Annual statistical returns and brief notes on vaccination in Bengal - 1909-1929
Year: 1909
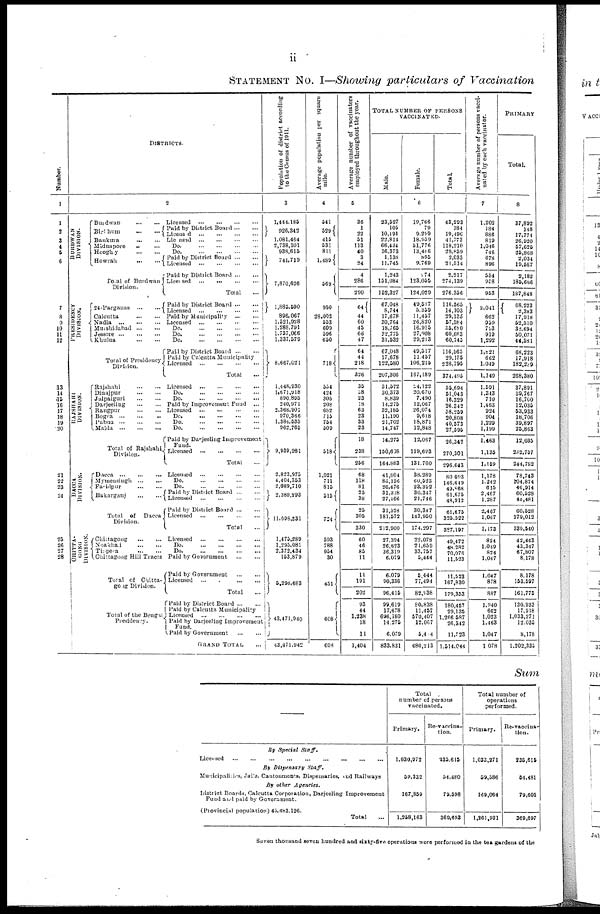
ii
STATEMENT No. I—Showing particulars of Vaccination
Number.
1
1
2
3
4 5
6
7
8
9
10
11 12
13
14
15
16
17
18
19
20
21
22
23
24
25
26
27
28
DISTRICTS.
2
DIVISION.
PRESIDENCY
DIVISION.
RAJSHAHI
DIVISION.
DACCA
DIVISION.
CHITTA-
GONG
DIVISION.
Burdwan
...
...
Birbhum
...
...
Bankura
...
...
Midnapore ... ...
Hooghly
...
...
Howrah
...
...
Total of Burdwan
Division.
24-Parganas
...
...
Calcutta ... ... ...
Nadia
...
...
...
Murshidabad
...
...
Jessore ... ... ...
Khulna
...
...
Total of Presidency
Division.
Rajshahi
...
...
Dinajpur ... ...
Jalpaiguri ... ...
Darjeeling
...
...
Rangpur
...
...
Bogra
...
...
...
Pabna
...
...
...
Malda
...
...
...
Total of Rajshahi.
Division.
Dacca
...
...
...
Mymensingh
...
...
Faridpur
...
...
Bakarganj
...
...
Total of
Dacca
Division.
Chittagong
...
...
Noakhali
...
...
Tippera
...
...
Chittagong Hill Tracts
Total of Chitta-
gong Division.
Total of the Bengal
Presidency.
Licensed
...
...
...
...
Paid by District Board
...
...
Licensd
...
...
...
...
Licensed
...
...
...
...
D
o
. ... ... ... ...
D
o
. ... ... ... ...
Paid by District Board
...
...
Licensed ... ... ... ...
Paid by District Board
...
...
Licensed
...
...
...
...
Total ...
Paid by District Board
...
...
Licensed ... ... ...
Paid by Municipality
...
...
Licensed ... ... ... ...
D
o
. ... ... ... ...
D
o
. ... ... ... ...
D
o
. ... ... ... ...
Paid by District Boar d
...
...
Paid by Calcutta Municipality
Licensed
...
...
...
...
Total ...
Licensed
...
...
...
...
D
o
. ... ... ... ...
D
o
. ... ... ...
Paid by Improvement Fund
...
Licensed
...
...
...
...
D
o
. ... ... ... ...
D
o
. ... ... ... ...
D
o
. ... ... ... ...
Paid by Darjeeling Improvement
Fund.
Licensed
...
...
...
...
Total ...
Licensed
...
...
...
...
D
o
. ... ... ... ...
Do.
...
...
...
...
Paid by District Board
...
...
Licensed
...
...
...
...
Paid by District Board
...
...
Licensed
...
...
...
...
Total ...
Licensed
...
...
...
...
D
o
. ... ... ... ...
Do.
...
...
...
...
Paid by Government
...
...
Paid by Government
...
...
Licensed
...
...
...
...
Total ...
Paid by District Board
...
...
Paid by Calcutta Municipality
Liceused
...
...
...
...
Paid by Darjeeling Improvement
Fund.
Paid by Government
...
...
GRAND TOTAL ...
Population of district according
to the Census of 1911.
3
1,444,185
926,342
1,081,464
2,738,301
933,615
741,719
7,870,626
1,885,590
896,067
1,521,928
1,288,791
1,737,066
1,337,579
8,667,021
1,448,930
1,671,918
890,895
240,971
2,368,901
970,366
1,384,535
962,765
9,939,281
2,823,975
4,404,353
2,089,710
2,380,293
11,698,331
1,475,289
1,295,081
2,372,434
153,879
5,296,683
43,471,940
43,471,942
Average population per square
mile.
4
541
529
415
531
811
1,489
569
950
28,002
553
609
596
650
718
554
424
305
208
682
715
754
509
518
1,021
711
815
515
724
593
788
954
30
451
608
608
Average number of vaccinators
employed throughout the year.
5
36
1
22
51
113
40
3
24
4
286
290
64
44
60
45
66
47
64
44
218
326
35
38
23
18
63
23
33
23
18
238
256
68
118
81
25
38
25
305
330
60
46
85
11
11
191
202
93
44
1,238
18
11
1,404
TOTAL NUMBER OF PERSONS
VACCINATED.
Male.
Female.
Total.
6
23,527
105
10,191
22,814
66,434
16,373
1,138
11,745
1,243
151,084
152,327
67,048
8,744
17,678
30,764
18,765
32,775
31,532
67,048
17,678
122,580
207,306
31,572
30,373
8,839
14,275
32,185
11,190
21,702
14,747
14,275
150,608
164,883
41,804
86,126
26,476
31,328
27,166
31,328
181,572
212,900
27,394
26,623
36,319
6,079
6,079
90,336
96,415
99,619
17,678
696,180
14,275
6,079
833,831
19,766
79
9,299
18,959
51,776
13,486
895
9,769
74
123,055
124,029
49,517
5,359
11,457
26,820
16,915
27,908
29,213
49,517
11,457
106,216
167,189
14,122
20,670
7,490
12,067
26,074
9,618
18,871
12,848
12,067
119,693
131,760
38,289
60,523
23,392
30,347
21,746
30,347
143,950
174,297
22,078
21,659
33,757
5,444
5,444
77,494
82,838
80,838
11,457
570,407
12,067
5,404
680,213
43,293
184
19,490
41,773
118,210
29,859
2,033
21,514
2,217
274,139
276,356
116,565
14,103
29,135
57,584
35,680
60,683
60,745
116,565
29,135
228,795
374,495
56,694
51,043
16,329
26,342
58,259
20,808
40,573
27,595
26,342
270,301
296,643
80,083
146,649
49,868
61,675 48,912
61,675
325,522
327,197
49,472
48,282
70,076
11,523
11,523
167,830
179,353
180,457
29,135
1,266,587
26,342
11,123
1,514,044
Average number of persons vacci-
nated by each vaccinator.
7
1,202
184
886
819
1,046
746
678
896
554
958
953
2,041
662
959
793
919
1,292
1,821
662
1,049
1,149
1,591
1,343
710
1,463
924
904
1,229
1,199
1,463
1,135
1,150
1,178
1,242
615
2,467
1,287
2,467
1,067
1,173
824
1,049
834
1,047
1,047
878
887
1,940
662
1,023
1,463
1,047
1,078
PRIMARY
Total.
8
37,892
148
17,771
26,920
57,625
25,868
2,034
19,587
2,182
185,666
187,848
68,223
2,383
17,918
52,510
32,694
50,071
44,581
68,223
17,918
182,239
268,380
37,891
39,767
16,700
12,035
53,933
18,706
39,897
25,863
12,035
232,757
244,792
78,743
104,874
46,914
60,528
48,481
60,528
279,012
339,540
42,443
43,347
67,807
8,178
8,178
153,697
161,775
130,933
17,918
1,033,271
12,035
8,178
1,202,335
Sum
—
By Special
Staff.
Licensed
...
...
...
...
...
...
...
...
...
...
By Dispensary
Staff.
Municipalites, Jails, Cantonments, Dispensaries, and Railways
By other
Agencies.
District Boards, Calcutta Corporation, Darjeeling Improvement
Fund and paid by Government.
(Provincial population) 45,483,126.
Total ...
Total
number of persons
vaccinated.
Primary.
1,030,972
59,332
167,859
1,258,163
Re-vaccina-
tion.
235,615
54,480
79,598
369,693
Total number of
operations
performed.
Primary.
1,033,271
59,586
169,064
1,261,921
Re-vaccina-
tion.
236,615
54,481
79,601
369,697
Seven thousand seven hundred and sixty-five operations were performed in the tea gardens of the